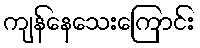
ကျန်နေသေးကြောင်း